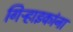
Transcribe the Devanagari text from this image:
गिऱ्हाइकांना